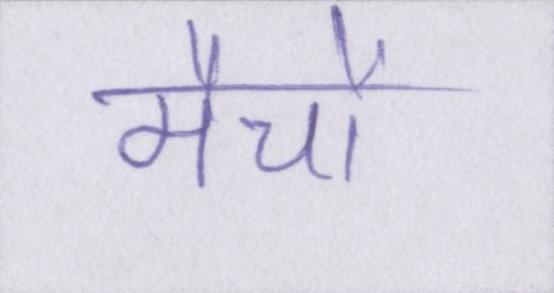
मैचों